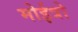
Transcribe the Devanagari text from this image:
मोईत्रो